NAE_EAA_P-1050_Enda_Kallas, lk 19
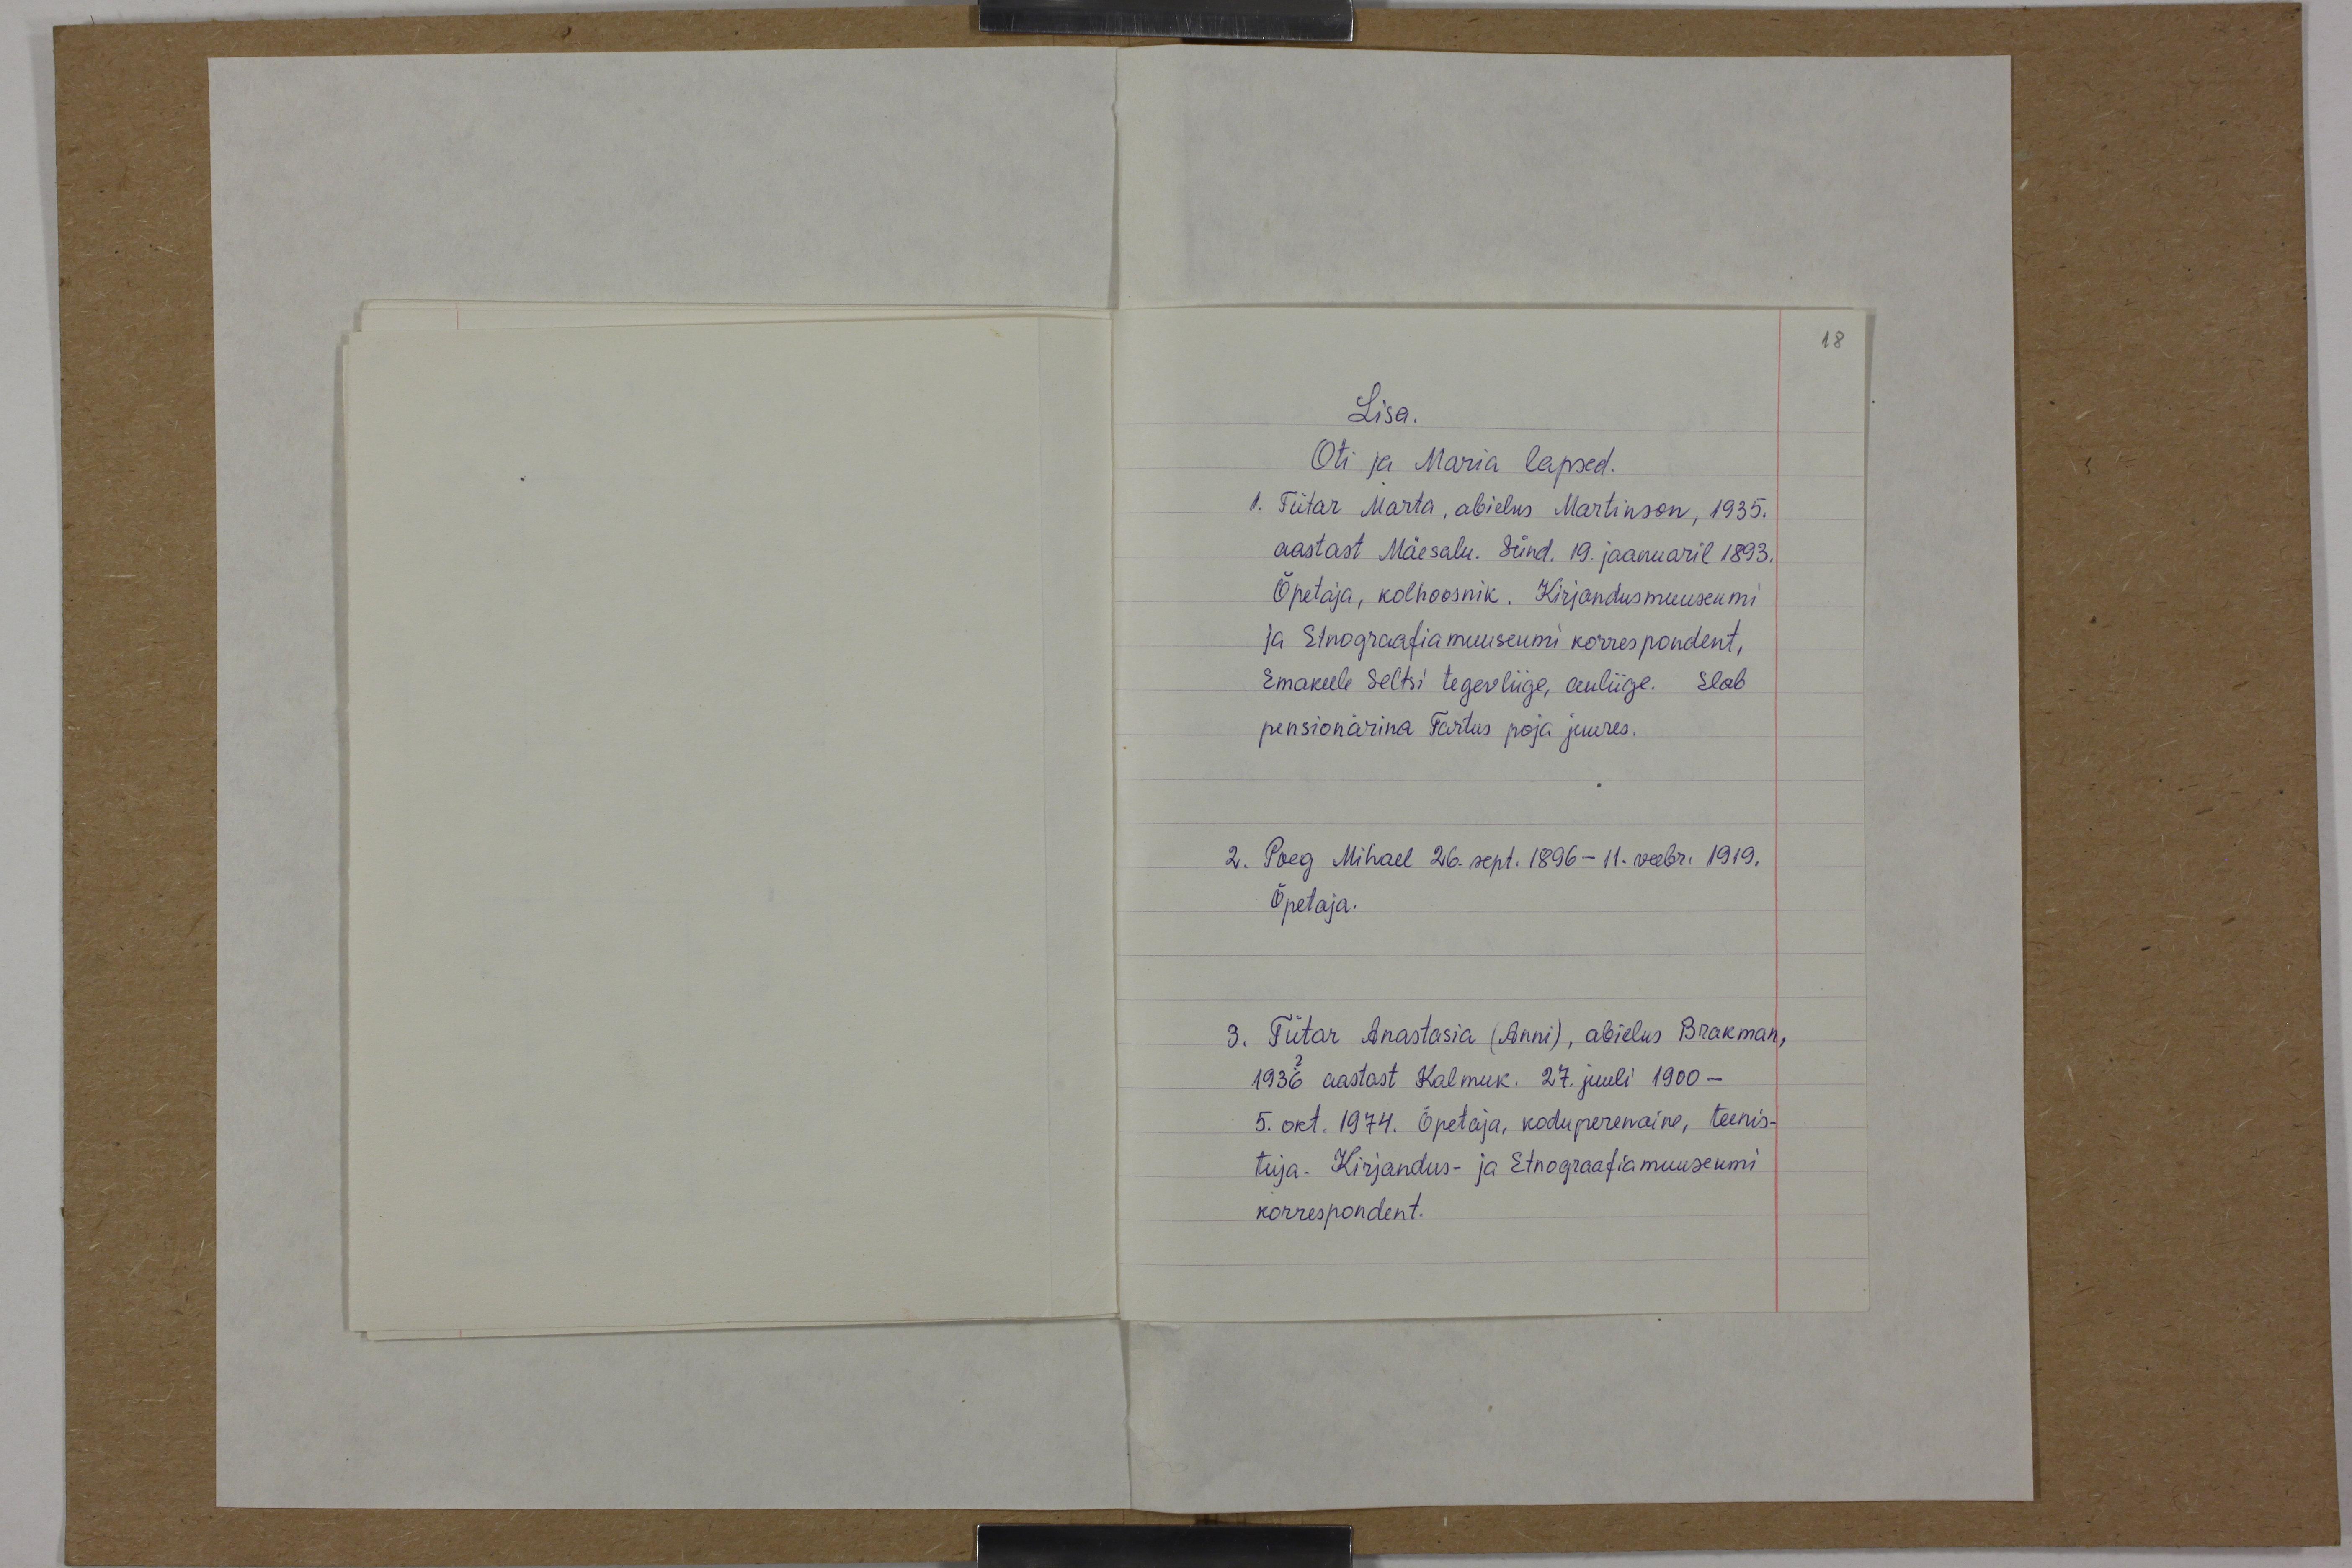
18
Lisa.
Oti ja Maria lapsed.
1. Tütar Marta, abielus Martinson, 1935.
aastast Mäesalu. Sünd. 19. jaanuaril 1893.
Õpetaja, kolhoosnik. Kirjandusmuuseumi
ja Etnograafiamuuseumi korrespondent,
Emakeele Seltsi tegevliige, auliige. Elab
pensionärina Tartus poja juures.
2. Poeg Mihael 26. sept. 1896 - 11. veebr. 1919.
Õpetaja.
3. Tütar Anastasia (Anni), abielus Brakman,
1936 aastast Kalmuk. 27. juuli 1900-
5. okt.1974. Õpetaja, koduperenaine, teenis-
tuja. Kirjandus- ja Etnograafiamuuseumi
korrespondent.